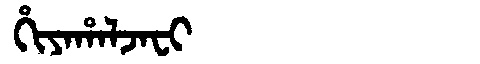
Manchu: ᡥᡳᠶᠠᡥᠠᠯᠵᠠᠸᡳ
Romanization: HIYAHALJAFI